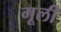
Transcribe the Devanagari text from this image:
गूली